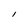
Character: l